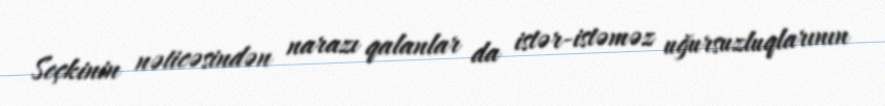
Seçkinin nəticəsindən narazı qalanlar da istər-istəməz uğursuzluqlarının